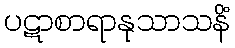
ပဋာစာရာနုသာသနိံ